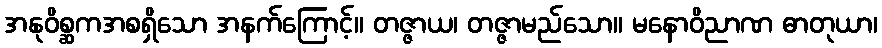
အနုဝိစ္ဆကအစရှိသော အနက်ကြောင့်။ တဇ္ဇာယ၊ တဇ္ဇာမည်သော။ မနောဝိညာဏ ဓာတုယာ၊